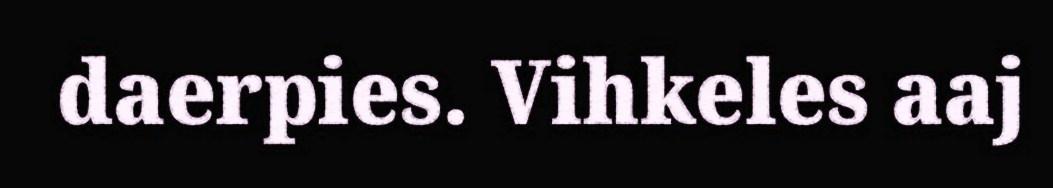
daerpies. Vihkeles aaj